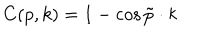
LaTeX: C ( p , k ) = 1 - \cos \tilde { p } \cdot k